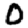
Digit: 0